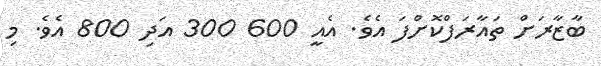
ބާޒާރަށް ތައާރަފްކޮށްފަ އެވެ. އެއީ 600 300 އަދި 800 އެވެ. މި